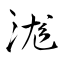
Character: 浝